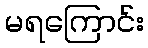
မရကြောင်း